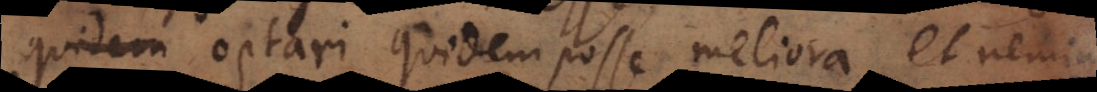
quidem optari quidem posse meliora et neminem